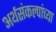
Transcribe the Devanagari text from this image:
अर्थसंकल्पांच्या